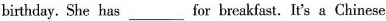
birthday. She has ___ for breakfast. It's a Chinese